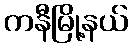
ကနီမြို့နယ်